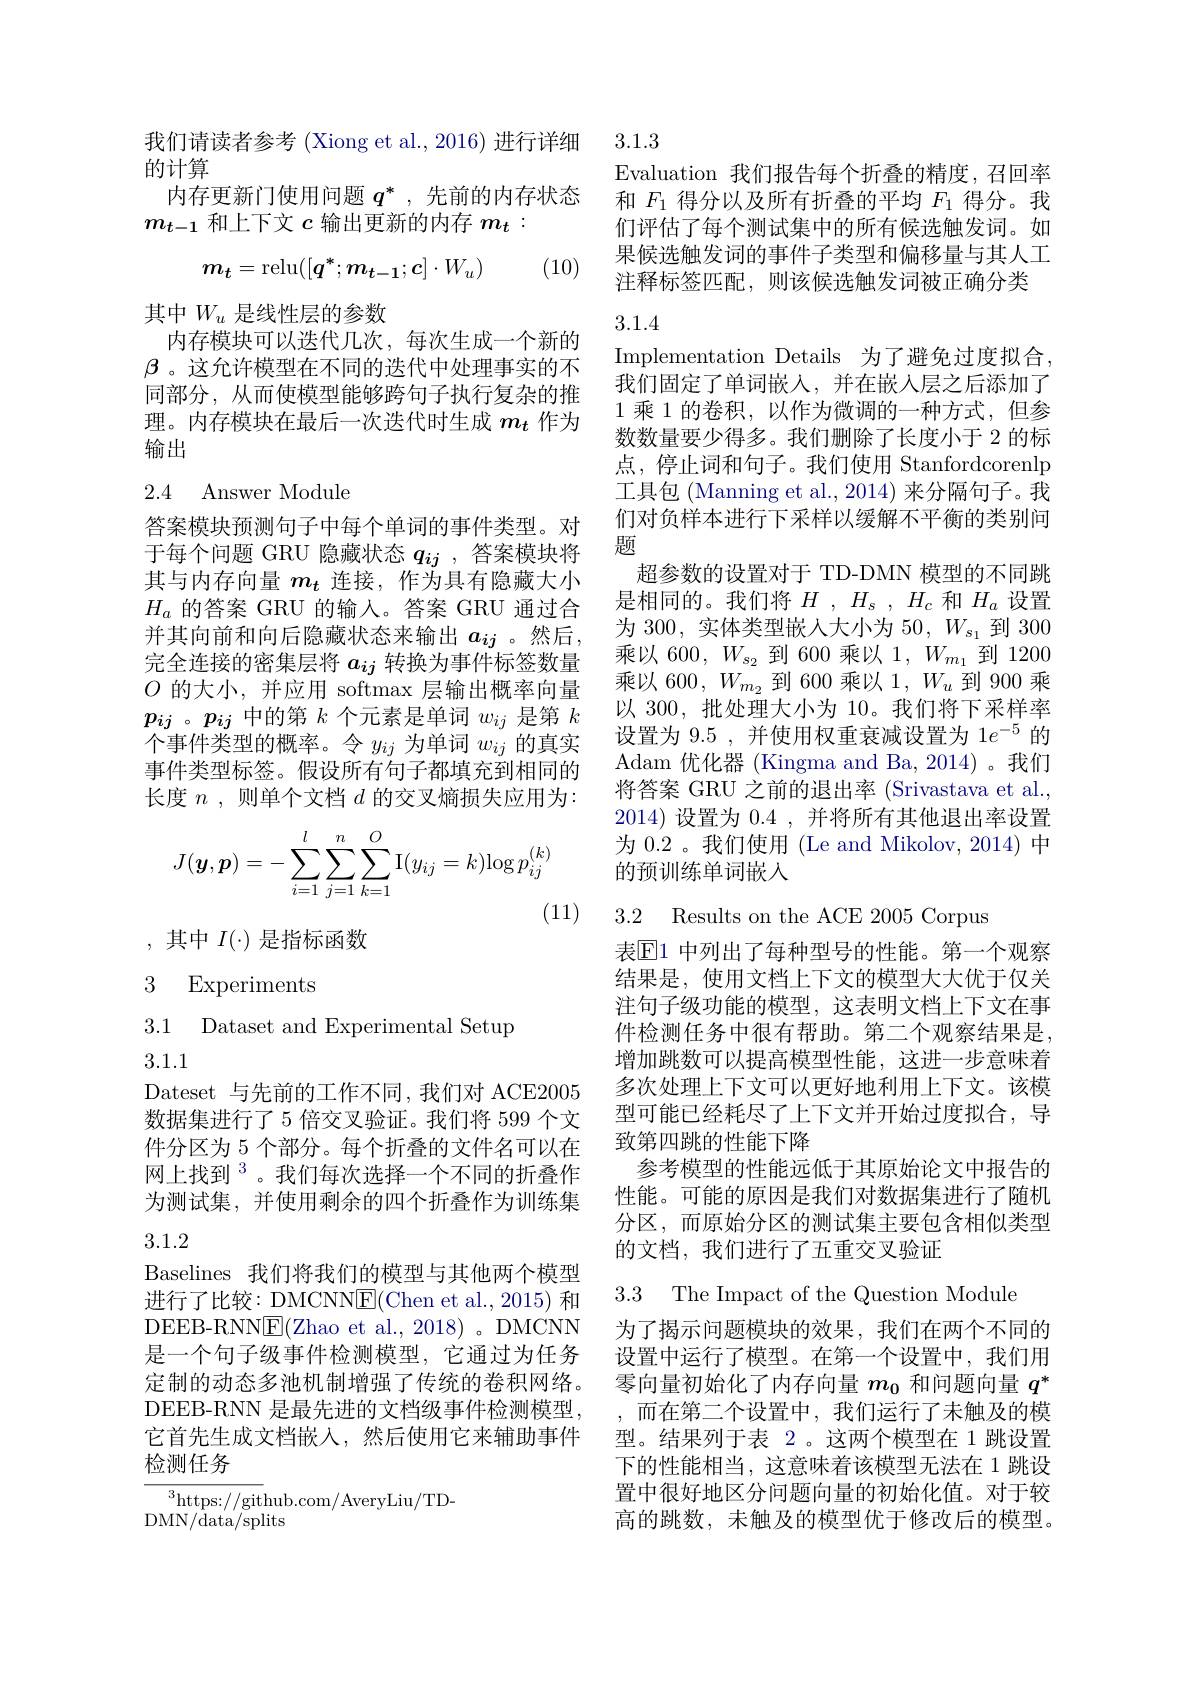
的计算
内存更新门使用问题$q^*$ ,先前的内存状态
$m_{t-1}$和上下文$c$输出更新的内存$m_t:$
$$m_t=\text{relu}([q^*;m_{t-1};c]\cdot W_u)$$
(10)

其中$W_u$是线性层的参数
内存模块可以迭代几次，每次生成一个新的$\beta$ 。这允许模型在不同的迭代中处理事实的不同部分，从而使模型能够跨句子执行复杂的推理。内存模块在最后一次迭代时生成$m_t$作为输出

## 2.4 Answer Module

答案模块预测句子中每个单词的事件类型。对于每个问题 GRU 隐藏状态$q_{ij}$ ,答案模块将其与内存向量$m_t$连接，作为具有隐藏大小$H_a$的答案 GRU 的输入。答案 GRU 通过合并其向前和向后隐藏状态来输出$a_{ij}$ 。然后， 完全连接的密集层将$a_{ij}$转换为事件标签数量$O$的大小，并应用 softmax 层输出概率向量$p_{ij}$ 。$p_{ij}$中的第$k$个元素是单词$w_ij$是第$k$ 个事件类型的概率。令$y_{ij}$为单词$w_{ij}$的真实事件类型标签。假设所有句子都填充到相同的长度$n$ , 则单个文档$d$的交叉熵损失应用为：
$$J(\boldsymbol{y},\boldsymbol{p})=-\sum_{i=1}^l\sum_{j=1}^n\sum_{k=1}^O\mathrm{I}(y_{ij}=k)\mathrm{log}\:p_{ij}^{(k)}$$
(11)

,其中 $I(\cdot)$ 是指标函数

3 Experiments

3.1 Dataset and Experimental Setup
3.1.1

Dateset 与先前的工作不同，我们对 ACE2005数据集进行了 5 倍交叉验证。我们将 599 个文件分区为 5 个部分。每个折叠的文件名可以在网上找到$^{3}$。我们每次选择一个不同的折叠作为测试集，并使用剩余的四个折叠作为训练集

## 3.1.2

Baselines 我们将我们的模型与其他两个模型进行了比较：DMCNN$\underline{\mathrm{E}}($Chen et al., 2015) 和DEEB-RNN$\underline{\mathrm{F}}($Zhao et al., 2018)。DMCNN 是一个句子级事件检测模型，它通过为任务定制的动态多池机制增强了传统的卷积网络。DEEB-RNN 是最先进的文档级事件检测模型， 它首先生成文档嵌入，然后使用它来辅助事件检测任务

${\overline{{^3}\mathrm{https:}//\mathrm{git}}}$hub.com/AveryLiu/TD-
DMN/ data/ splits

我们请读者参考 (Xiong et al., 2016) 进行详细3.1.3

Evaluation 我们报告每个折叠的精度，召回率和$F_{1}$得分以及所有折叠的平均$F_{1}$得分。我们评估了每个测试集中的所有候选触发词。如果候选触发词的事件子类型和偏移量与其人工注释标签匹配，则该候选触发词被正确分类

3.1.4

Implementation Details 为了避免过度拟合， 我们固定了单词嵌人，并在嵌入层之后添加了1 乘 1 的卷积，以作为微调的一种方式，但参数数量要少得多。我们删除了长度小于 2 的标点，停止词和句子。我们使用 Stanfordcorenlp 工具包 (Manning et al., 2014) 来分隔句子。我们对负样本进行下采样以缓解不平衡的类别问题
超参数的设置对于 TD-DMN 模型的不同跳是相同的。我们将$H,H_s,H_c$和$H_a$设置为 300, 实体类型嵌人大小为 50, $W_{s_1}$到 300乘以 600, $W_{s_2}$到 600 乘以 1, $W_{m_1}$到 1200乘以 600, $W_{m_2}$到 600 乘以 1, $W_u$到 900 乘以 300, 批处理大小为 10。我们将下采样率设置为 9.5 , 并使用权重衰减设置为 1$e^{-5}$的Adam 优化器 (Kingma and Ba, 2014)。我们将答案 GRU 之前的退出率 (Srivastava et al., 2014)设置为0.4,并将所有其他退出率设置为 0.2 。我们使用 (Le and Mikolov, 2014) 中的预训练单词嵌入

3.2 Results on the ACE 2005 Corpus

表$\mathbb{E}$1 中列出了每种型号的性能。第一个观察结果是，使用文档上下文的模型大大优于仅关注句子级功能的模型，这表明文档上下文在事件检测任务中很有帮助。第二个观察结果是， 增加跳数可以提高模型性能，这进一步意味着多次处理上下文可以更好地利用上下文。该模型可能已经耗尽了上下文并开始过度拟合，导致第四跳的性能下降
参考模型的性能远低于其原始论文中报告的性能。可能的原因是我们对数据集进行了随机分区，而原始分区的测试集主要包含相似类型的文档，我们进行了五重交叉验证

3.3 The Impact of the Question Module

为了揭示问题模块的效果，我们在两个不同的设置中运行了模型。在第一个设置中，我们用零向量初始化了内存向量$m_{0}$和问题向量$q^*$ ,而在第二个设置中，我们运行了未触及的模型。结果列于表 2。这两个模型在 1 跳设置下的性能相当，这意味着该模型无法在 1 跳设置中很好地区分问题向量的初始化值。对于较高的跳数，未触及的模型优于修改后的模型。